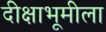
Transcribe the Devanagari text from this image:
दीक्षाभूमीला